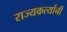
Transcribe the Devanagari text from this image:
राज्यकर्त्यानी